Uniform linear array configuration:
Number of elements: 8
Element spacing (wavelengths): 0.5
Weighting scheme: exponential
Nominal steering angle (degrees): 0
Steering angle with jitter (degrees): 1.612
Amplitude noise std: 0.05
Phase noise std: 0.05

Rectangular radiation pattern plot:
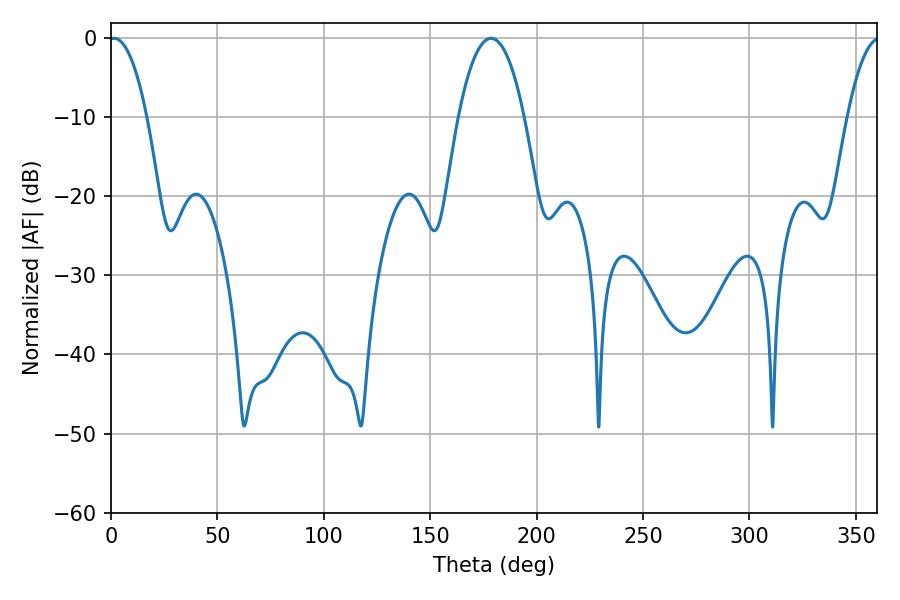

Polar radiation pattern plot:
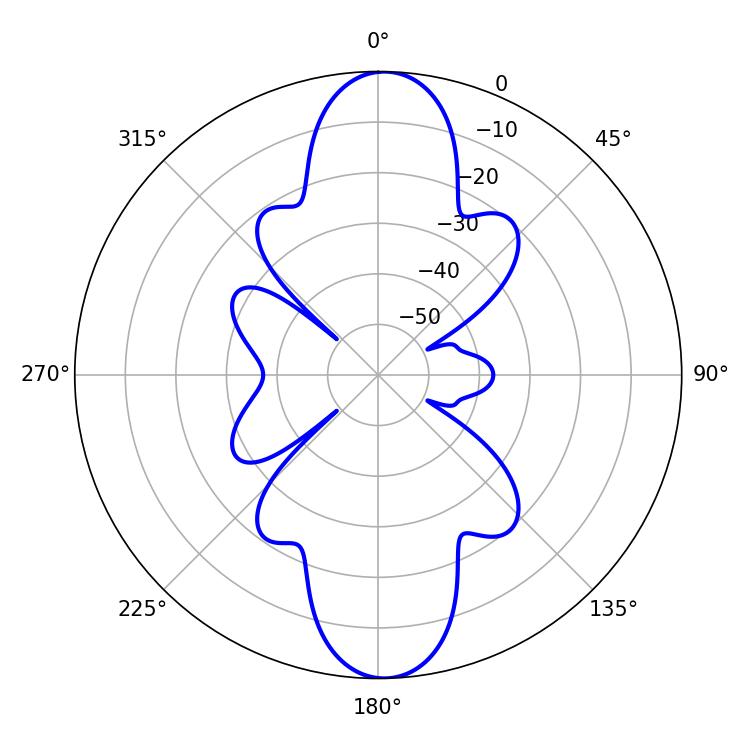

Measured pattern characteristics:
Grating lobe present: FALSE
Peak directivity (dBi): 21.055
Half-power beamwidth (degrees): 9.9
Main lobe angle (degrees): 1.44